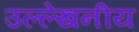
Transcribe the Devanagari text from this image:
उल्‍ल्‍ेखनीय